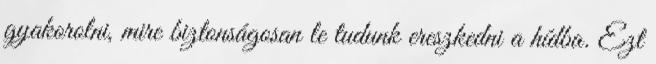
gyakorolni, mire biztonságosan le tudunk ereszkedni a hídba. Ezt